Report of the Municipal Commissioner on the plague in Bombay for the year ending 31st May... - Volume 3
Disease focus: Plague
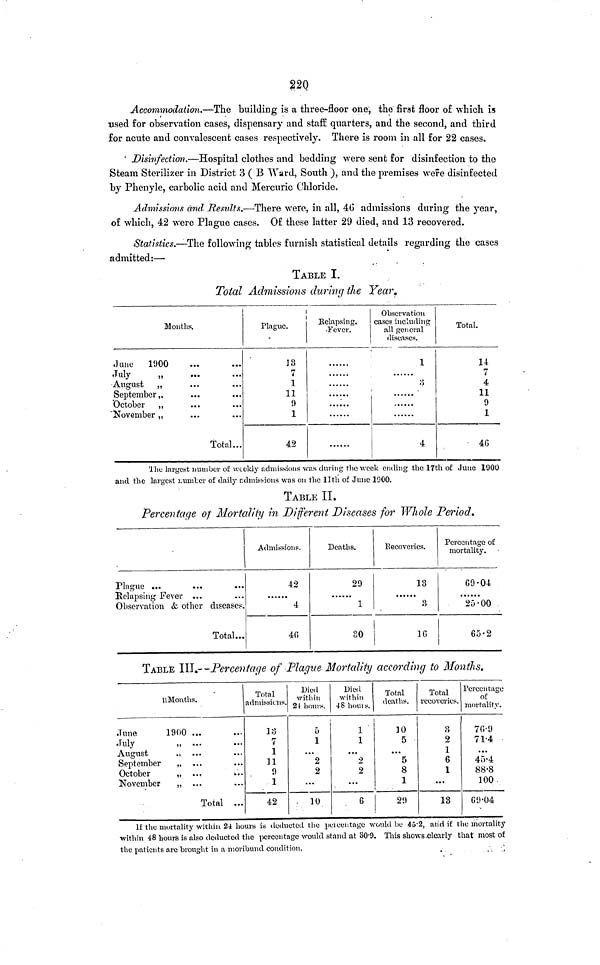
220
Accommodation.—The building is a three-floor one, the first floor of which is
used for observation cases, dispensary and staff quarters, and the second, and third
for acute and convalescent cases respectively. There is room in all for 22 cases.
' Disinfection.—Hospital clothes and bedding were sent for disinfection to the
Steam Sterilizer in District 3 ( B Ward, South ), and the premises were disinfected
by Phenyle, carbolic acid and Mercuric Chloride.
Admissions and Residts.—There were, in all, 4G admissions during the year
O
J
1
of which, 42 were Plague cases. Of these latter 29 died, and 13 recovered.
Statistics.—The following tables furnish statistical details regarding the cases
admitted:—
TABLE I.
Total Admissions during the Year.
Months.
.June
1900
July
,
August ,
September,
October
,
"November ,
Total...
Plague.
13
7
1
11
9
1
42
Relapsing.
Fever.
Observation
cases including
all general
diseases.
1
4
Total.
14
4
11
9
1
4G
The largest number of weekly admissions was during the week ending the 17th of June 1900
and the largest Lumber of daily admissions was on the 11th of June 1000.
TABLE II.
Percentage of Mortality in Different Diseases for Whole Period.
Plague ...
Relapsing Fever ...
Observation & other disease?.
Total...
Admi.ssionp.
42
......
4
40
Deaths.
29
1
30
Recoveries.
13
3
16
Percentage of
mortality.
69-04
25-00
65.2
TABLE III.--Percentage of Plague Mortality according to Months.
11 Months.
June
1900 ...
July
„
August
September
,,
October
„ ...
..
November
„
Total ...
Total
admissions.
13
7
1
11
9
1
42
Died
within
24- hours.
5
1
...
2
2
...
. 10
Died
within
48 hours.
1
1
...
2
2
...
6
Total
deaths.
]0
5
...
5
8
1
29
Total
recoveries.
3
2
1
6
1
...
13
Percentage
of
mortality.
7 0-9
71-4
...
4;V4
88-8
100
09-04
If the mortality within 2i hours is deducted the percentage would be 45.2, and if the mortality
within 48 hours is also deducted the percentage would stand at 30'9. This shows clearly that most of
the patients are brought in a moribund condition.
.
..